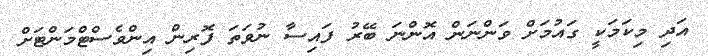
އަދި މިކަމަކީ ގައުމަށް ވަންނަން އޮންނަ ބޭރު ފައިސާ ނުވަތަ ފޮރިން އިންވެސްޓްމަންޓަށް